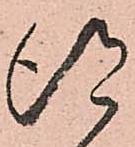
得